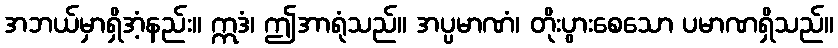
အဘယ်မှာရှိအံ့နည်း။ ဣဒံ၊ ဤအာရုံသည်။ အပ္ပမာဏံ၊ တိုးပွားစေသော ပမာဏရှိသည်။